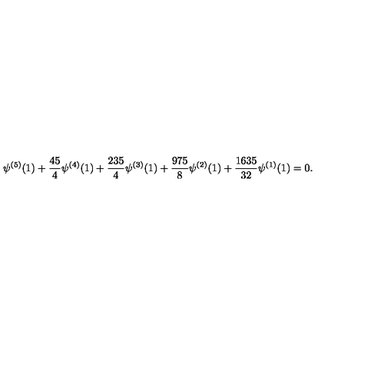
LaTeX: \psi ^ { ( 5 ) } ( 1 ) + \frac { 4 5 } { 4 } \psi ^ { ( 4 ) } ( 1 ) + \frac { 2 3 5 } { 4 } \psi ^ { ( 3 ) } ( 1 ) + \frac { 9 7 5 } { 8 } \psi ^ { ( 2 ) } ( 1 ) + \frac { 1 6 3 5 } { 3 2 } \psi ^ { ( 1 ) } ( 1 ) = 0 .